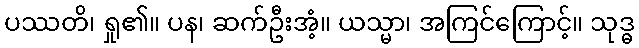
ပဿတိ၊ ရှု၏။ ပန၊ ဆက်ဦးအံ့။ ယသ္မာ၊ အကြင်ကြောင့်။ သုဒ္ဓ